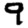
Digit: 9